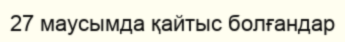
27 маусымда қайтыс болғандар